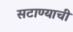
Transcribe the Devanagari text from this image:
सटाण्याची